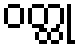
ဝတ္ထု